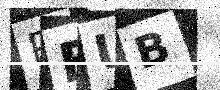
Text: PBUB